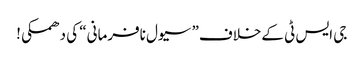
جی ایس ٹی کےخلاف” سیول نافرمانی“ کی دھمکی!